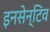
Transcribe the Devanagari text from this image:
इनसेन्टिव